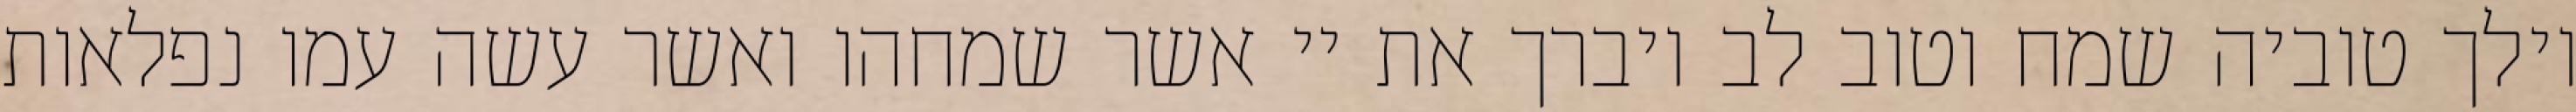
וילך טוביה שמח וטוב לב ויברך את יי אשר שמחהו ואשר עשה עמו נפלאות